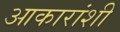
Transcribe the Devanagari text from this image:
आकारांशी